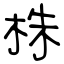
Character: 株